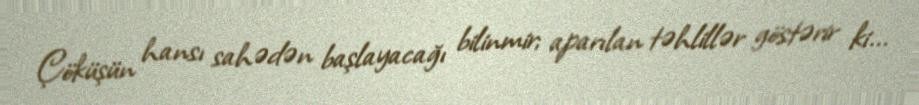
Çöküşün hansı sahədən başlayacağı bilinmir; aparılan təhlillər göstərir ki...